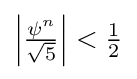
{\textstyle \left|{\frac {\psi ^{n}}{\sqrt {5}}}\right|<{\frac {1}{2}}}